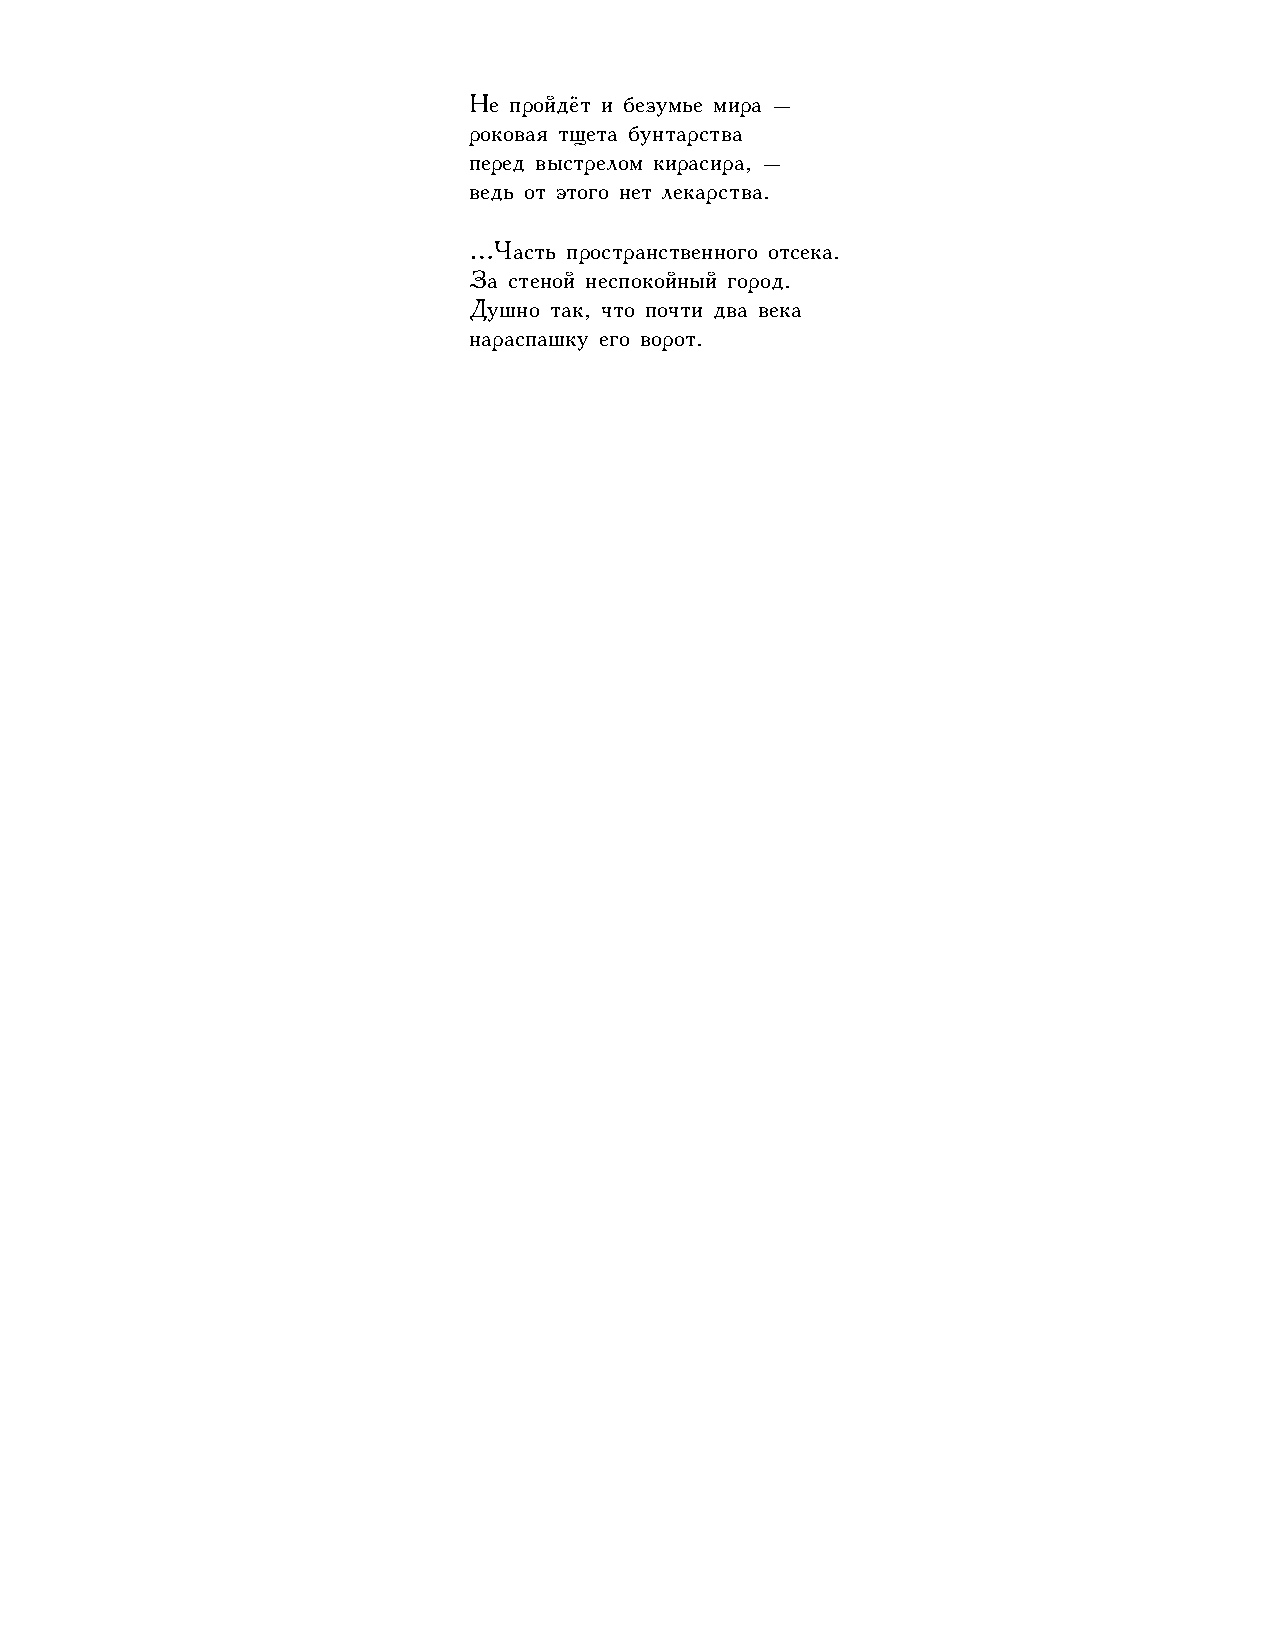
Не пройдёт и безумье мира –
 роковая тщета бунтарства
 перед выстрелом кирасира, –
 ведь от этого нет лекарства.
 …Часть пространственного отсека.
 За стеной неспокойный город.
 Душно так, что почти два века
 нараспашку его ворот.
 101